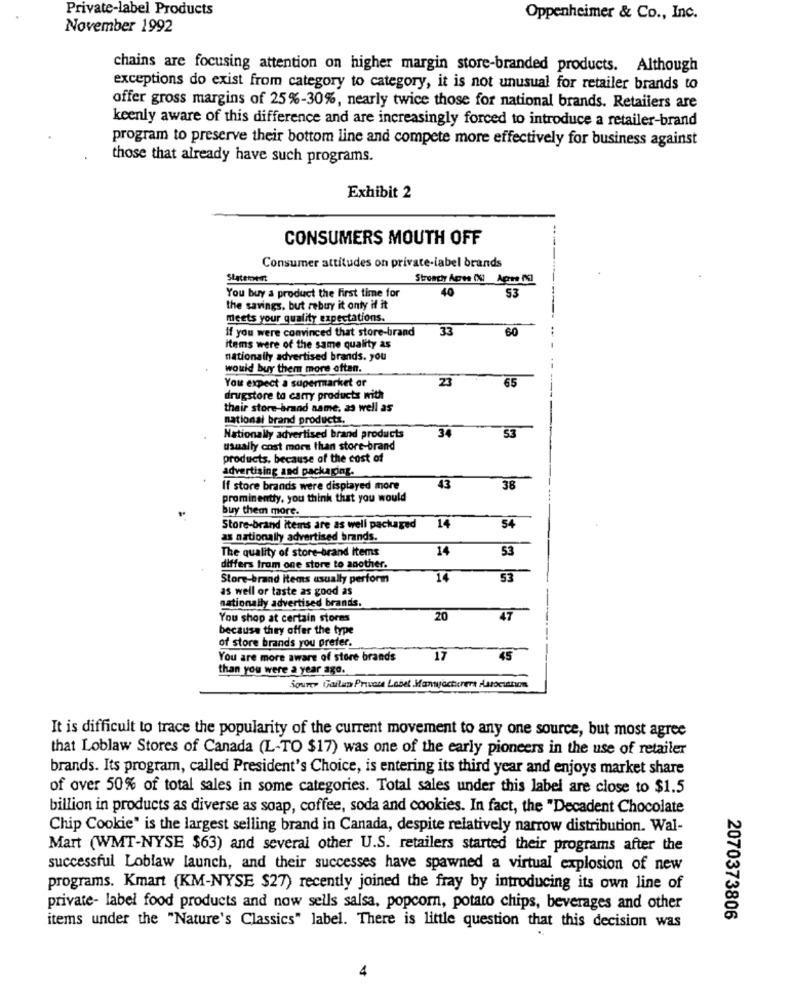
Private-label Products
Oppenheimer & Co ., Inc.
November 1992
chains are focusing attention on higher margin store-branded products. Although
exceptions do exist from category to category, it is not unusual for retailer brands to
offer gross margins of 25%-30%, nearly twice those for national brands. Retailers are
keenly aware of this difference and are increasingly forced to introduce a retailer-brand
program to preserve their bottom line and compete more effectively for business against
those that already have such programs.
Exhibit 2
CONSUMERS MOUTH OFF
Consumer attitudes on private-label brands
Statement
Strongly Agres (XI Apres DEI
53
You buy a product the first time for
the savings, but rebuy it only if it
meets your quality expectations.
If you were convinced that store-brand
33
60
items were of the same quality as
nationally advertised brands. you
would buy them more often.
You expect a supermarket or
23
65
drugstore to carry products with
their store-brand name, as well as
national brand products.
34
53
Nationally advertised brand products
usually cost more than store-brand
products, because of the cost of
advertising and packaging.
43
If store brands were displayed more
38
prominentty, you think that you would
buy them more.
14
Store-brand items are as well packaged
54
as nationally advertised brands.
The quality of store-brand items
14
53
differs from one store to another.
Store-brand Items usually perform
14
53
as well or taste as good as
nationally advertised brands.
You shop at certain stores
20
47
because they offer the type
of store brands you prefer.
-
You are more aware of store brands
17
45
than you were a year ago.
jourer Gaitan Private Label Manwacturers Astociation
It is difficult to trace the popularity of the current movement to any one source, but most agree
that Loblaw Stores of Canada (L-TO $17) was one of the early pioneers in the use of retailer
brands. Its program, called President's Choice, is entering its third year and enjoys market share
of over 50% of total sales in some categories. Total sales under this label are close to $1.5
billion in products as diverse as soap, coffee, soda and cookies. In fact, the "Decadent Chocolate
Chip Cookie" is the largest selling brand in Canada, despite relatively narrow distribution. Wal-
Mart (WMT-NYSE $63) and several other U.S. retailers started their programs after the
successful Loblaw launch, and their successes have spawned a virtual explosion of new
programs. Kmart (KM-NYSE $27) recently joined the fray by introducing its own line of
private- label food products and now sells salsa, popcorn, potato chips, beverages and other
2070373806
items under the "Nature's Classics" label. There is little question that this decision was
4